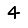
Digit: 4